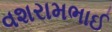
વશરામભાઈ